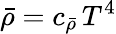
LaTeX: \bar{\rho}=c_{\bar{\rho}}\, T^{4}